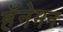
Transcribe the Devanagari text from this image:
हॅनेमन